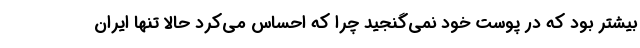
بیشتر بود که در پوست خود نمی‌گنجید چرا که احساس می‌کرد حالا تنها ایران